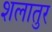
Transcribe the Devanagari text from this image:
शलातुर